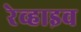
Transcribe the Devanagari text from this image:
रेव्हाइव